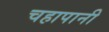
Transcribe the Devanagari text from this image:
चहापानी